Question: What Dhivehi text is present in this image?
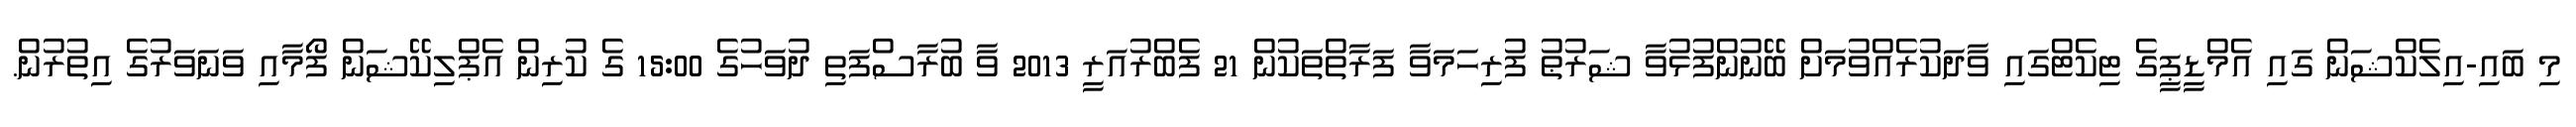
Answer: މި ބައި-އިލެކްޝަން ގައި އެމްޑީޕީގެ ޓިކެޓްގައި ވާދަކުރެއްވުމަށް ބޭނުންފުޅުވާ ޝަރުޠު ފުރިހަމަވާ ފަރާތްތަކުން 21 ފެބްރުއަރީ 2013 ވާ ބުރާސްފަތި ދުވަހުގެ 15:00 ގެ ކުރިން އެޕްލިކޭޝަން ފޯމާއި ވަނަވަރުގެ އިތުރުން.